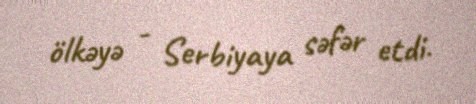
ölkəyə - Serbiyaya səfər etdi.